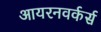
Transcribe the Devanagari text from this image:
आयरनवर्कर्स